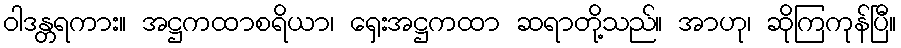
ဝါဒန္တရကား။ အဋ္ဌကထာစရိယာ၊ ရှေးအဋ္ဌကထာ ဆရာတို့သည်။ အာဟု၊ ဆိုကြကုန်ပြီ။